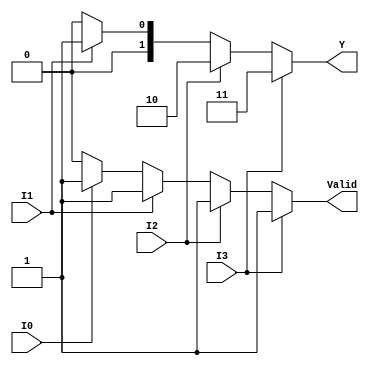
module encoder_4to2 (
    input wire I0,  // Input line 0
    input wire I1,  // Input line 1
    input wire I2,  // Input line 2
    input wire I3,  // Input line 3
    output reg [1:0] Y,  // Output lines Y1 and Y0
    output reg Valid  // Valid output
);

// Combinational logic for the encoder
always @(*) begin
    // Default values
    Y = 2'b00;  // Default output
    Valid = 1'b0;  // Default valid signal

    // Check inputs in priority order
    if (I3) begin
        Y = 2'b11;  // I3 is active
        Valid = 1'b1;
    end else if (I2) begin
        Y = 2'b10;  // I2 is active
        Valid = 1'b1;
    end else if (I1) begin
        Y = 2'b01;  // I1 is active
        Valid = 1'b1;
    end else if (I0) begin
        Y = 2'b00;  // I0 is active
        Valid = 1'b1;
    end
end

endmodule